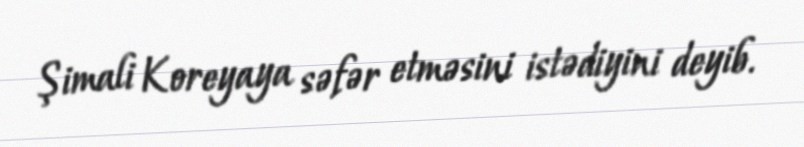
Şimali Koreyaya səfər etməsini istədiyini deyib.